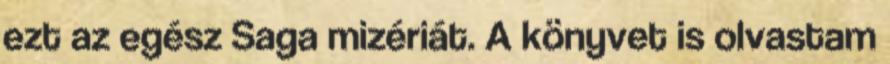
ezt az egész Saga mizériát. A könyvet is olvastam